Civil Veterinary Department Bengal reports 1933-51 - 1933-1951
Year: 1933
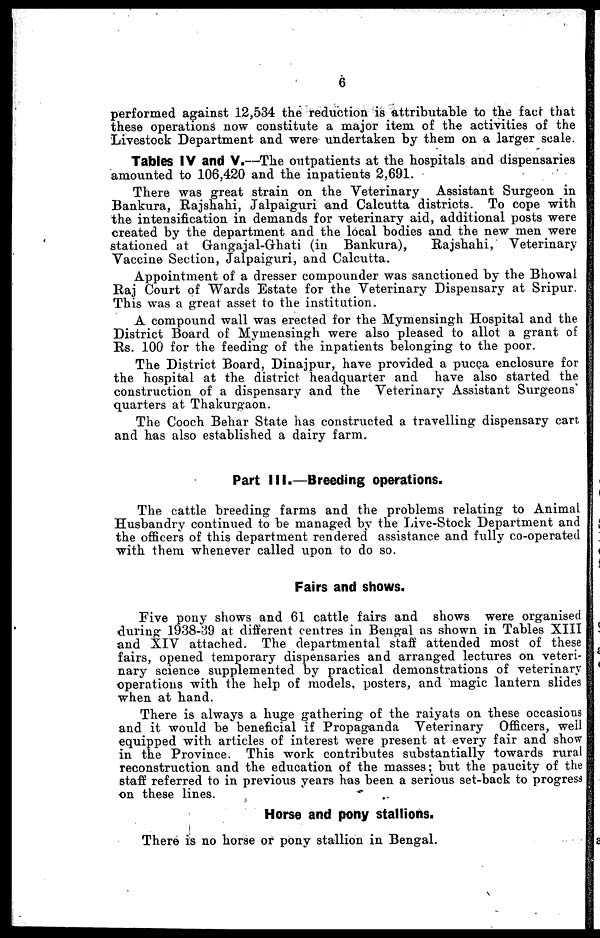
6
performed against 12,534 the reduction is attributable to the fact that
these operations now constitute a major item of the activities of the
Livestock Department and were undertaken by them on a larger scale.
Tables IV and V.—The outpatients at the hospitals and dispensaries
amounted to 106,420 and the inpatients 2,691.
There was great strain on the Veterinary Assistant Surgeon in
Bankura, Rajshahi, Jalpaiguri and Calcutta districts. To cope with
the intensification in demands for veterinary aid, additional posts were
created by the department and the local bodies and the new men were
stationed at Gangajal-Ghati (in Bankura),
Rajshahi,
Veterinary
Vaccine Section, Jalpaiguri, and Calcutta.
Appointment of a dresser compounder was sanctioned by the Bhowal
Raj Court of Wards Estate for the Veterinary Dispensary at Sripur.
This was a great asset to the institution.
A compound wall was erected for the Mymensingh Hospital and the
District Board of Mymensingh were also pleased to allot a grant of
Rs. 100 for the feeding of the inpatients belonging to the poor.
The District Board, Dinajpur, have provided a pucca enclosure for
the hospital at the district headquarter and have also started the
construction of a dispensary and the Veterinary Assistant Surgeons
quarters at Thakurgaon.
The Coach Behar State has constructed a travelling dispensary cart
and has also established a dairy farm.
Part III.—Breeding operations.
The cattle breeding farms and the problems relating to Animal
Husbandry continued to be managed by the Live-Stock Department and
the officers of this department rendered assistance and fully co-operated
with them whenever called upon to do so.
Fairs and shows.
Five pony shows and 61 cattle fairs and shows were organised
during 1938-39 at different centres in Bengal as shown in Tables XIII
and XIV attached. The departmental staff attended most of these
fairs, opened temporary dispensaries and arranged lectures on veteri-
nary science supplemented by practical demonstrations of veterinary
operations with the help of models, posters, and magic lantern slides
when at hand.
There is always a huge gathering of the raiyats on these occasions
and it would be beneficial if Propaganda Veterinary Officers, well
equipped with articles of interest were present at every fair and show
in the Province. This work contributes substantially towards rural
reconstruction and the education of the masses; but the paucity of the
staff referred to in previous years has been a serious set-back to progress
on these lines.
Horse and pony stallions.
There is no horse or pony stallion in Bengal.